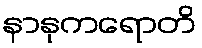
နာနုကရောတိ